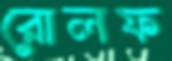
রোলফ